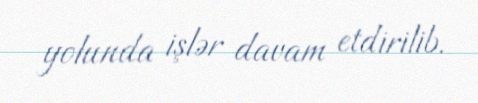
yolunda işlər davam etdirilib.